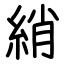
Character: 綃